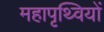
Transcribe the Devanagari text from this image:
महापृथ्वियों